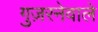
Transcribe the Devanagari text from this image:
गुज़रनेवाले